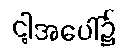
ငါ့အပေါ်၌